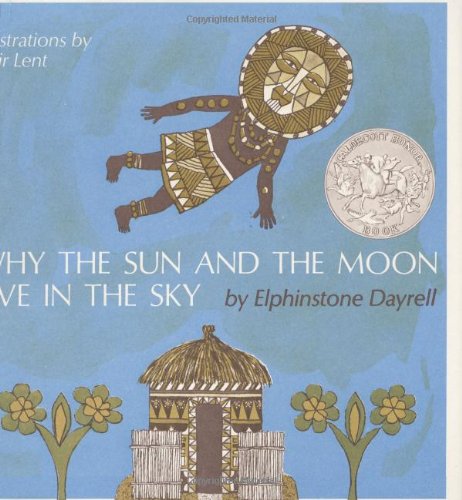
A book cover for Why the Sun and the Moon Live in the Sky; Elphinstone Dayrell; Children's Books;